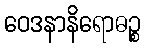
ဝေဒနာနိရောဓဉ္စ